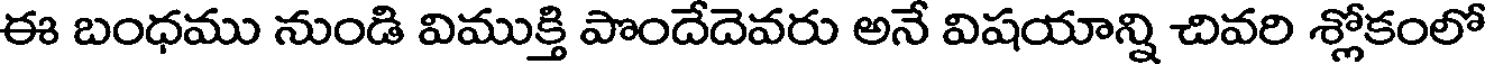
ఈ బంధము నుండి విముక్తి పొందేదెవరు అనే విషయాన్ని చివరి శ్లోకంలో